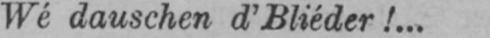
Wé dauschen d’Bliéder!...